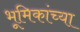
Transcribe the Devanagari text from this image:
भूमिकांच्या